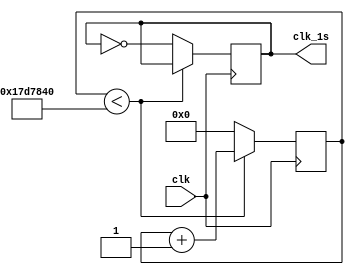
`timescale 1ns / 1ps
//////////////////////////////////////////////////////////////////////////////////
// Company: 
// Engineer: 
// 
// Design Name: 
// Module Name:    counter_1s 
// Project Name: 
// Target Devices: 
// Tool versions: 
// Description: 
//
// Dependencies: 
//
// Revision: 
// Revision 0.01 - File Created
// Additional Comments: 
//
//////////////////////////////////////////////////////////////////////////////////
module counter_1s(clk,clk_1s);
input wire clk;
output reg clk_1s;
reg[31:0]cnt;

always @(posedge clk) begin
	if(cnt<25000000) begin   //25M*(1/50M)S=0.5S
	   cnt<=cnt + 1;
	end else begin
		cnt<=0;
		clk_1s<=~clk_1s;        // clk_1s==1=0.5s
	end                          // clk_1s==0=0.5s
end                            //T=1S
endmodule